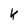
Character: k